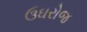
ઉઘરોજ